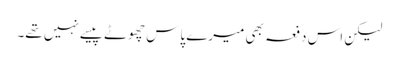
لیکن اس دفعہ بھی میرے پاس چھوٹے پیسے نہیں تھے۔